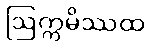
ဩက္ကမိဿထ